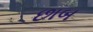
છાબ